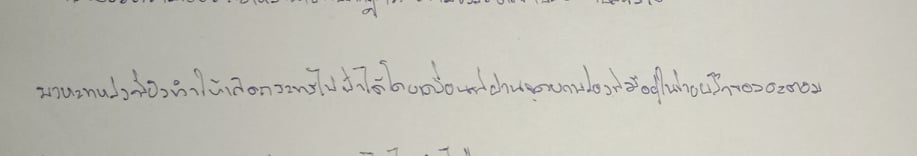
พาหะเหล่านี้ยังทำให้เกิดกระแสไฟฟ้าได้โดยเคลื่อนที่ผ่านจุดบกพร่องที่มีอยู่ในข่ายผลึกของอะตอม